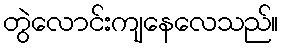
တွဲလောင်းကျနေလေသည်။